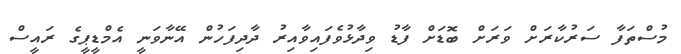
މުސްތަފާ ސަރުކާރަށް ވަރަށް ބޮޑަށް ފާޑު ވިދާޅުވެފައިވާއިރު ދާދިފަހުން އޭނާވަނީ އެމްޑީޕީގެ ރައީސް